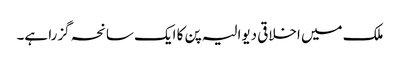
ملک میں اخلاقی دیوالیہ پن کا ایک سانحہ گزرا ہے۔